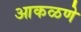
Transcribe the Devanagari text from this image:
आकळणे